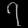
Digit: ၇